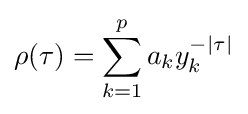
\rho (\tau )=\sum _{k=1}^{p}a_{k}y_{k}^{-|\tau |}